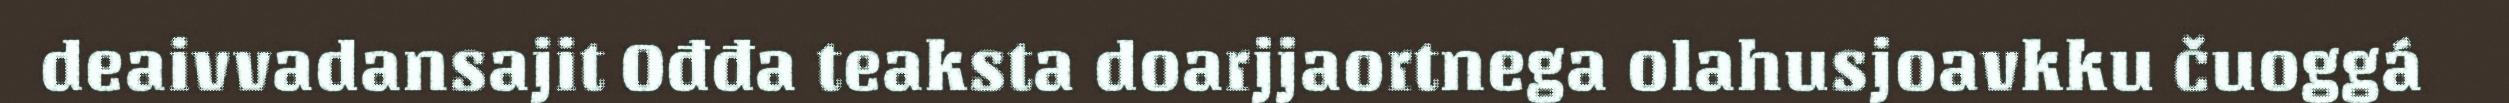
deaivvadansajit Ođđa teaksta doarjjaortnega olahusjoavkku čuoggá